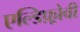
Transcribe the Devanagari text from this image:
एल्डिफ़्रोवी